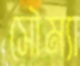
সৌম্যা